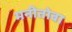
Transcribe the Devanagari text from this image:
मनीतोबा